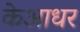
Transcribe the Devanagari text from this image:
केआधर